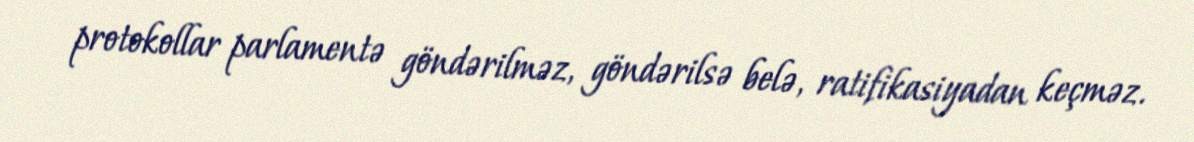
protokollar parlamentə göndərilməz, göndərilsə belə, ratifikasiyadan keçməz.